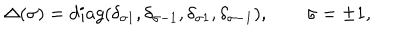
\Delta ( \sigma ) = d i a g ( \delta _ { \sigma 1 } , \delta _ { \sigma - 1 } , \delta _ { \sigma 1 } , \delta _ { \sigma - 1 } ) , \qquad \sigma = \pm 1 ,